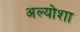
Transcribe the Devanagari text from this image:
अल्योशा